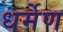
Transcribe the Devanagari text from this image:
धर्मेण